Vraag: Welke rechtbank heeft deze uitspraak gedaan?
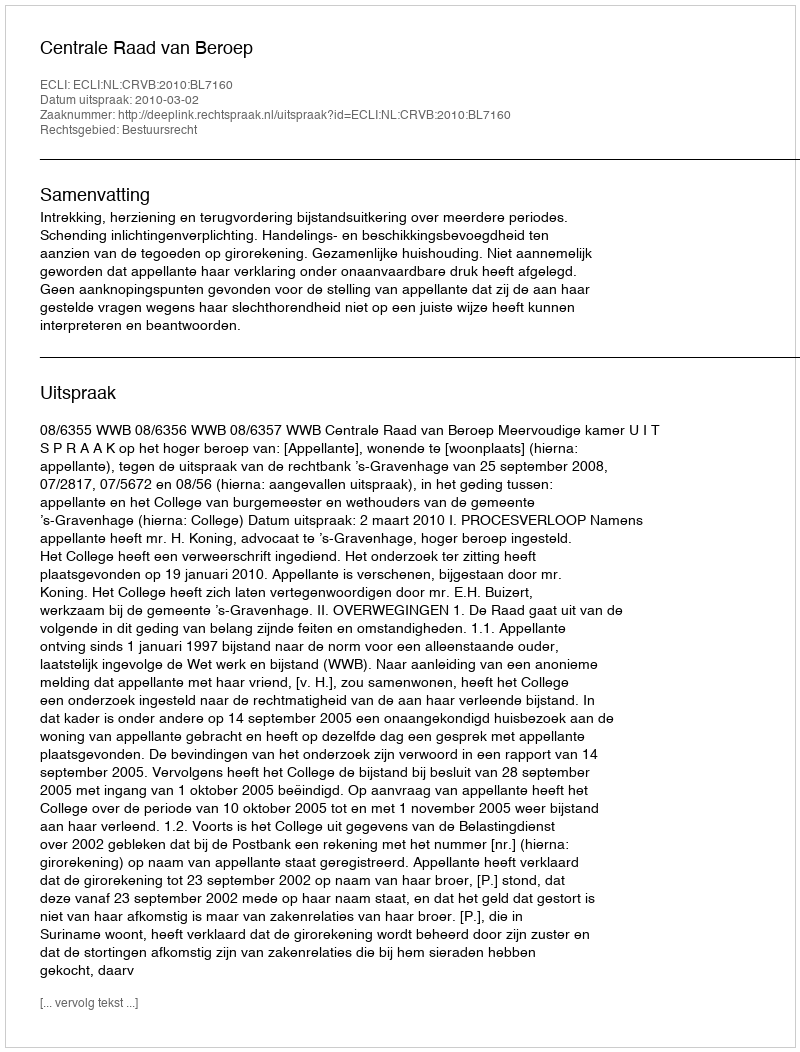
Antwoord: Centrale Raad van Beroep